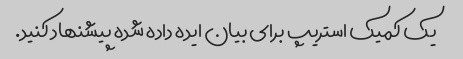
یک کمیک استریپ برای بیان ایده داده شده پیشنهاد کنید.